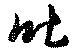
吐